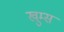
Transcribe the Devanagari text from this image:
खुम्स